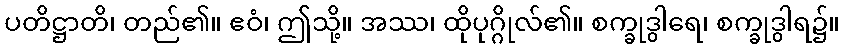
ပတိဋ္ဌာတိ၊ တည်၏။ ဧဝံ၊ ဤသို့။ အဿ၊ ထိုပုဂ္ဂိုလ်၏။ စက္ခုဒွါရေ၊ စက္ခုဒွါရ၌။